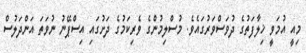
މިއީ އުމަވީ ޚިލާފަތުގެ ދުވަސްވަރުގައެވެ. މުސްލިމުންގެ ވެރިކަމުގެ ދަށުގައި އިސްޕޭނު ނުވަތަ އަންދަލުސް